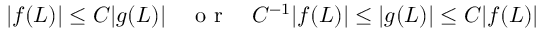
\begin{array} { r } { | f ( L ) | \leq C | g ( L ) | \quad \mathrm { ~ o ~ r ~ } \quad C ^ { - 1 } | f ( L ) | \leq | g ( L ) | \leq C | f ( L ) | } \end{array}